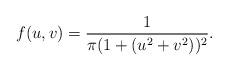
LaTeX: \begin{align*} f(u,v)=\frac1{\pi(1+(u^2+v^2))^2}.\end{align*}